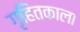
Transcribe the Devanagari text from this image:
गृहितकाला